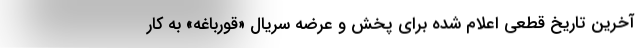
آخرین تاریخ قطعی اعلام شده برای پخش و عرضه سریال «قورباغه» به کار